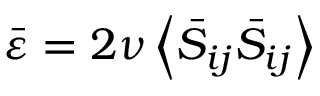
\bar { \varepsilon } = 2 \nu \left\langle \bar { S } _ { i j } \bar { S } _ { i j } \right\rangle